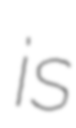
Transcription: is